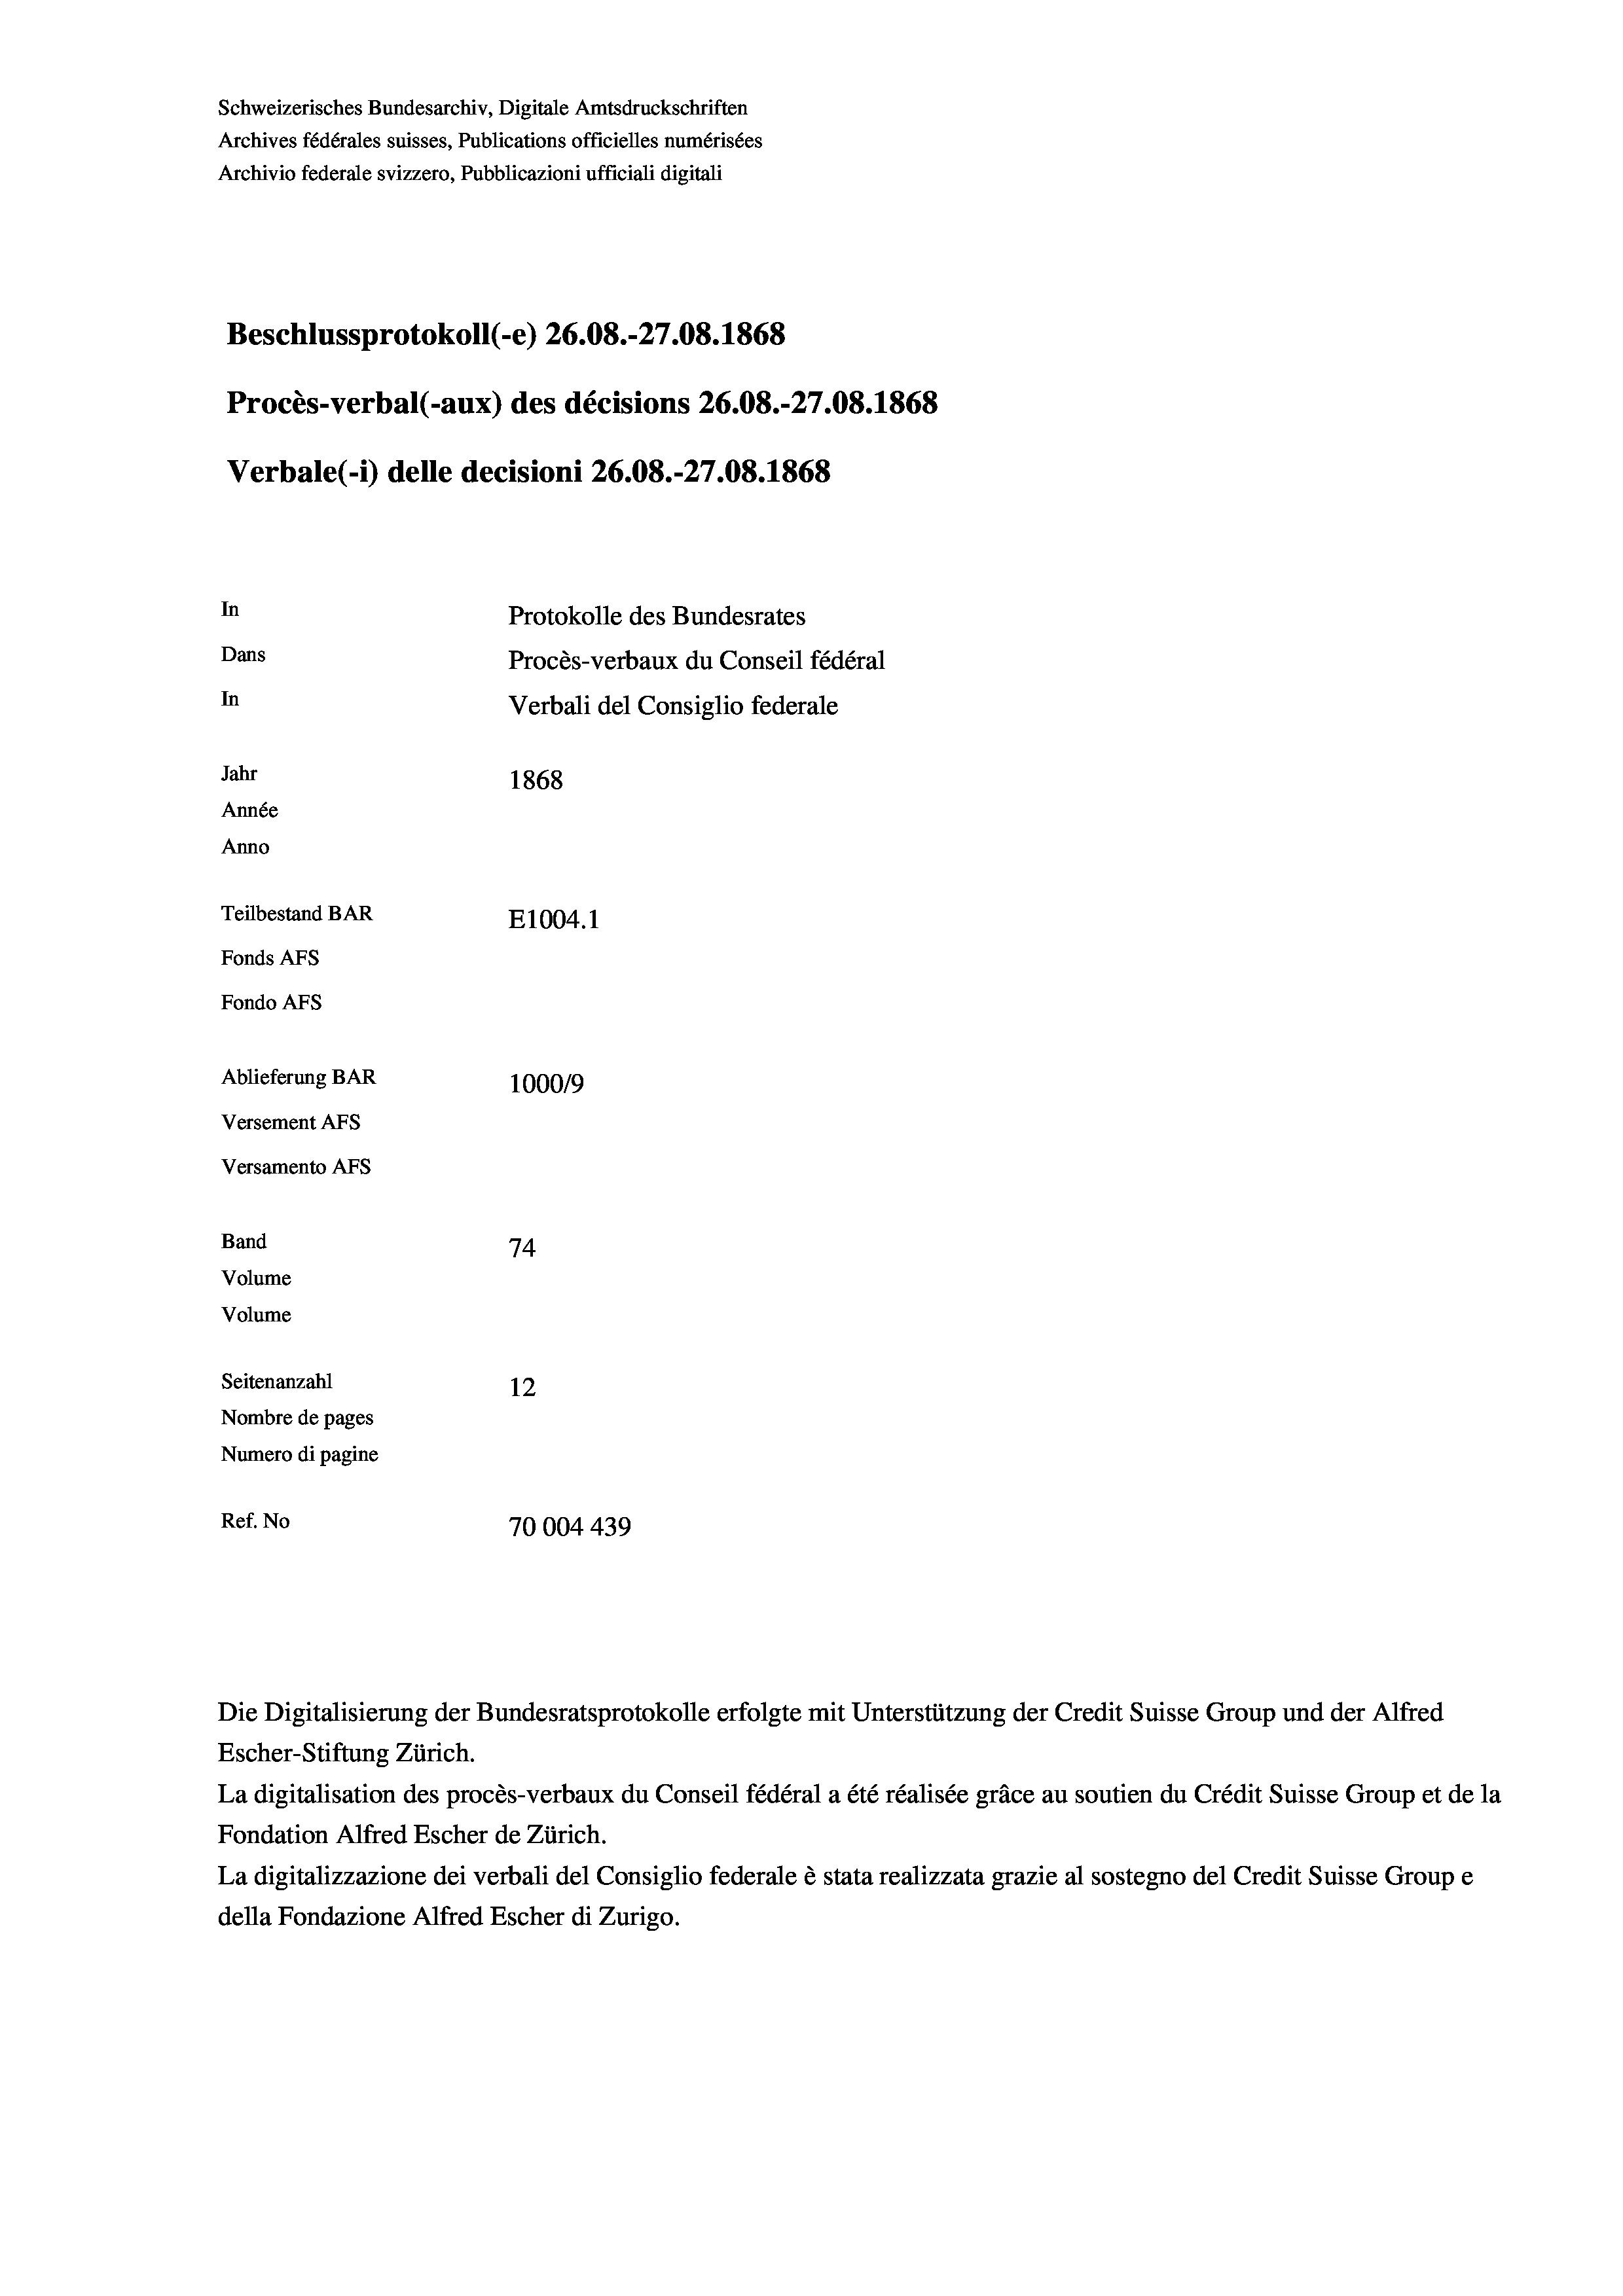
Schweizerisches Bundesarchiv, Digitale Amtsdruckschriften
Archives fédérales suisses, Publications officielles numérisées
Archivio federale svizzero, Pubblicazioni ufficiali digitali
Beschlussprotokoll (-e) 26.08.-27.08. 1868
Procès-verbal (-aux) des décisions 26.08.-27.08. 1868
Verbale (- 1) delle decisioni 26.08.-27.08. 1868
In
Protokolle des Bundesrates
Dans
Procès-verbaux du Conseil fédéral
In
Verbali del Consiglio federale
Jahr
1868
Année
Anno
Teilbestand BAR
E1004. 1
Fonds AFs
Fondo AFS
Ablieferung BAR
100019
Versement AFs
Versamento AFs
Band
74
Volume

Seitenanzahl
12
Nombre de pages
Numero di pagine
Ref. No
70004 439

Volume

Die Digitalisierung der Bundesratsprotokolle erfolgte mit Unterstützung der Credit Suisse Group und der Alfred
Escher-Stiftung Zürich.
La digitalisation des procès-verbaux du Conseil fédéral a été réalisée gräce au soutien du Crédit Suisse Group et de la
Fondation Alfred Escher de Zürich.
La digitalizzazione dei verbali del Consiglio federale è stata realizzata grazie al sostegno del Credit Suisse Groupe
della Fondazione Alfred Escher di Zurigo.